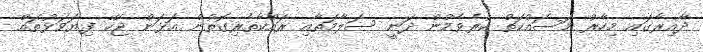
ދާއިރާގައި މިހާރު މަސައްކަތް ކުރެވެމުން ދަނީ ސަލާމަތާއި ރައްކާތެރިގޮތުން އަޅަން ޖެހޭ ފިޔަވަޅުތައް